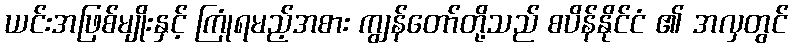
ယင်းအဖြစ်မျိုးနှင့် ကြုံရမည့်အစား ကျွန်တော်တို့သည် စပိန်နိုင်ငံ ၏ အလှတွင်